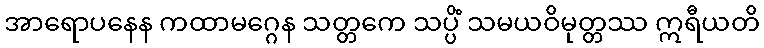
အာရောပနေန ကထာမဂ္ဂေန သတ္တကေ သပ္ပိံ သမယဝိမုတ္တဿ ဣရီယတိ